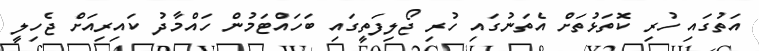
އަތުގައި ހުރި ކޮތަޅުތަށް އެތަނުގައި ހުރި ޖޯލިފަތީގައި ބަހައްޓަމުން ހައްމާދު ކައިރިއަށް ޖެހިލީ